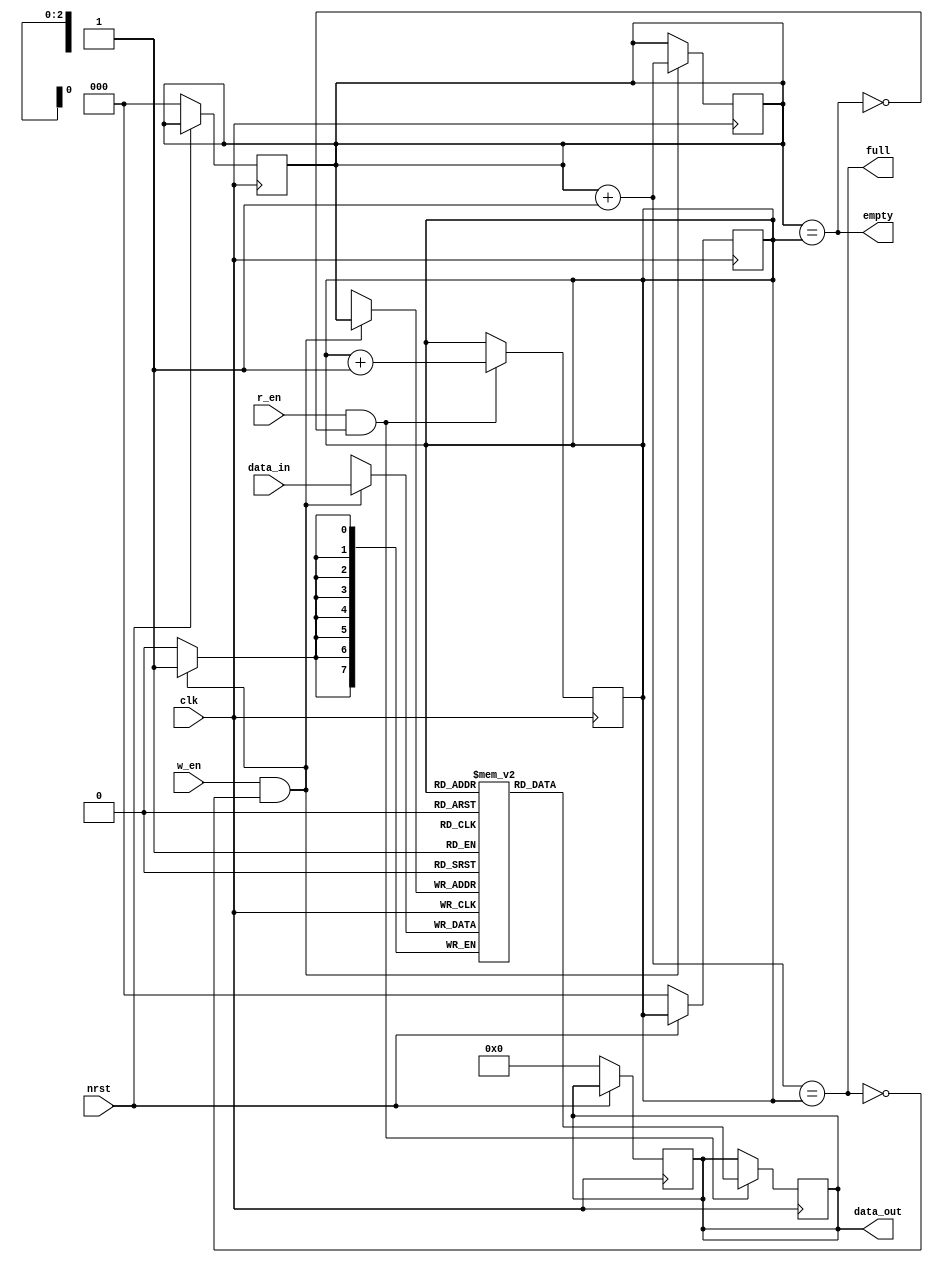
`timescale 1ns / 1ps

module sync_fifo #(
    parameter DEPTH = 8, 
    parameter DATA_WIDTH = 8
) (
    output reg [DATA_WIDTH - 1:0] data_out,
    output wire full,
    output wire empty,
    input wire [DATA_WIDTH - 1:0] data_in,
    input wire clk,
    input wire nrst,
    input wire w_en,
    input wire r_en
);
    
    reg [$clog2(DEPTH) - 1:0] w_ptr, r_ptr;
    reg [DATA_WIDTH - 1:0] fifo [0:DEPTH - 1];
    
    // Set Default values on reset.
    always @(posedge clk) begin
        if (!nrst) begin
          w_ptr <= 0; r_ptr <= 0;
          data_out <= 0;
        end
    end
    
    // To write data to FIFO
    always @(posedge clk) begin
        if (w_en & !full) begin
          fifo[w_ptr] <= data_in;
          w_ptr <= w_ptr + 1;
        end
    end
    
    // To read data from FIFO
    always @(posedge clk) begin
        if (r_en & !empty) begin
          data_out <= fifo[r_ptr];
          r_ptr <= r_ptr + 1;
        end
    end
    
    assign full = ((w_ptr+1'b1) == r_ptr);
    assign empty = (w_ptr == r_ptr);
    
endmodule